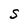
Character: S